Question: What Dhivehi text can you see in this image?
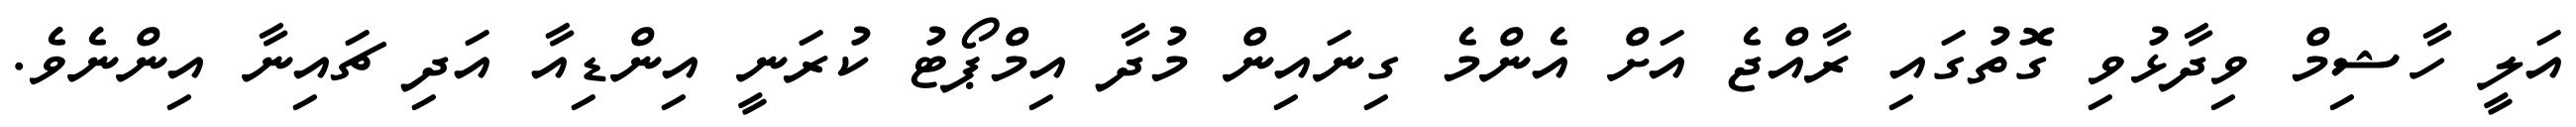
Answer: އަލީ ހާޝިމް ވިދާޅުވި ގޮތުގައި ރާއްޖެ އަށް އެންމެ ގިނައިން މުދާ އިމްޕޯޓު ކުރަނީ އިންޑިއާ އަދި ޗައިނާ އިންނެވެ.